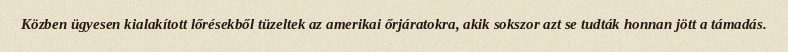
Közben ügyesen kialakított lőrésekből tüzeltek az amerikai őrjáratokra, akik sokszor azt se tudták honnan jött a támadás.